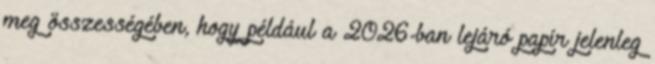
meg összességében, hogy például a 2026-ban lejáró papír jelenleg